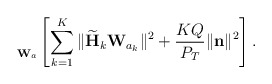
\begin{align*}\begin{aligned}\underset{\mathbf{W}_a}{} \left[\sum_{k=1}^K \|\widetilde{\mathbf{H}}_k\mathbf{W}_{a_k} \|^2 + \frac{KQ}{P_{T}}\|\mathbf{n} \|^2 \right].\end{aligned}\end{align*}